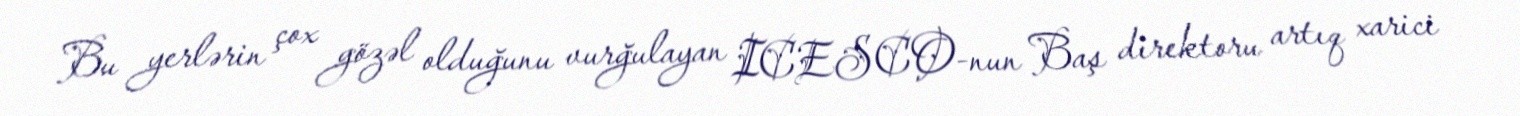
Bu yerlərin çox gözəl olduğunu vurğulayan ICESCO-nun Baş direktoru artıq xarici